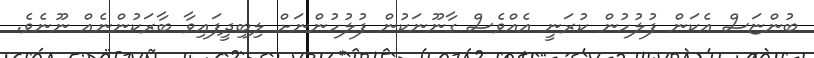
ބުންޏަސް އެކަން ފުލުހުން ކުރަނީ އެއްވެސް ގާނޫނަކުން ފުލުހުންނަށް ލިބިދީފައިވާ ބާރަކުންނެއް ނޫނެވެ.